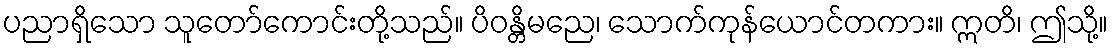
ပညာရှိသော သူတော်ကောင်းတို့သည်။ ပိဝန္တိမညေ၊ သောက်ကုန်ယောင်တကား။ ဣတိ၊ ဤသို့။